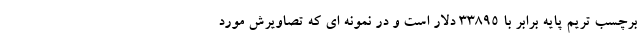
برچسب تریم پایه برابر با 33895 دلار است و در نمونه ای که تصاویرش مورد